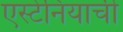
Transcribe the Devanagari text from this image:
एस्टेनियाची